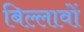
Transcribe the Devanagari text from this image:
बिल्लावों